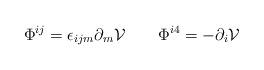
LaTeX: \begin{align*}\Phi^{ij} = \epsilon_{ijm} \partial _m{\cal V} \qquad \Phi^{i4} = -\partial _i {\cal V}\end{align*}